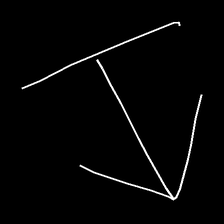
Glyph: levitation